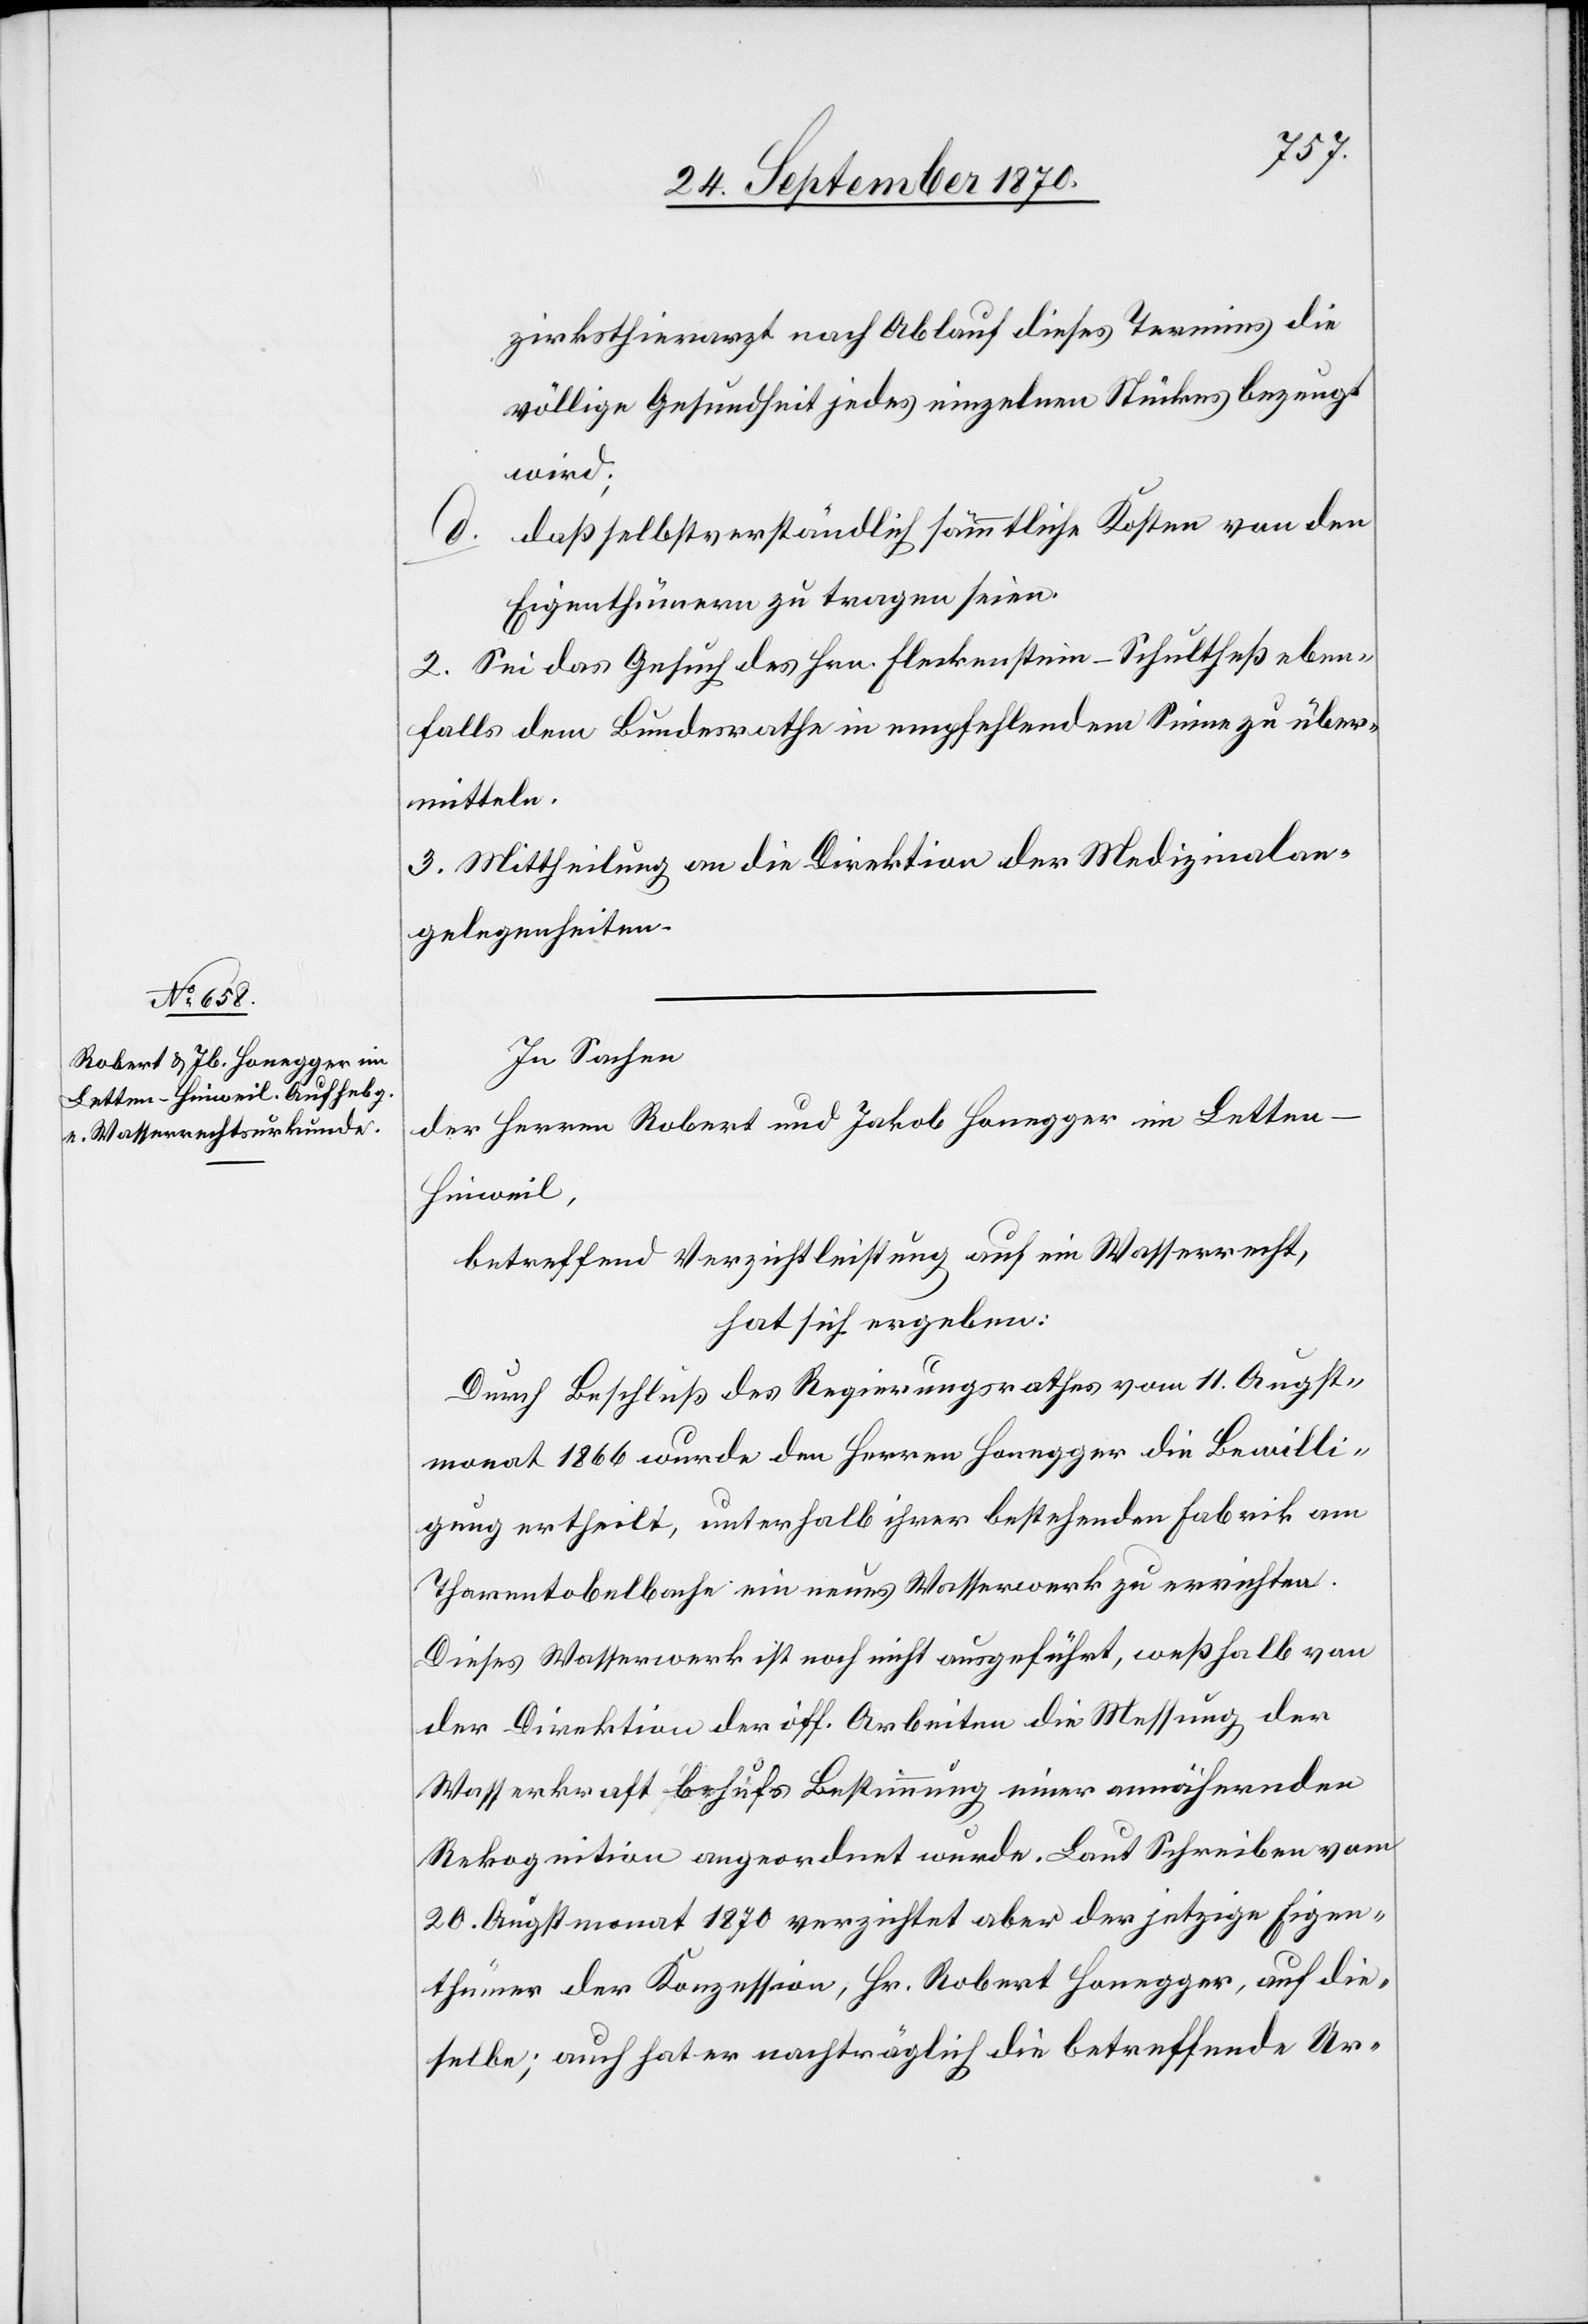
zirksthierarzt nach Ablauf dieses Termins die
völlige Gesundheit jedes einzelnen Stückes bezeugt
wird;
daß selbstverständlich sämmtliche Kosten von den
d.
Eigenthümern zu tragen seien.
2. Sei das Gesuch des Hrn. Fleckenstein-Schultheß eben¬
falls dem Bundesrathe in empfehlendem Sinne zu über¬
mitteln.
3. Mittheilung an die Direktion der Medizinalan¬
gelegenheiten.
In Sachen
der Herren Robert und Jakob Honegger im Letten
Hinweil,
betreffend Verzichtleistung auf ein Wasserrecht,
hat sich ergeben:
Durch Beschluß des Regierungsrathes vom 11. August¬
monat 1866 wurde den Herren Honegger die Bewilli¬
gung ertheilt, unterhalb ihrer bestehenden Fabrik am
Tharentobelbache ein neues Wasserwerk zu errichten.
Dieses Wasserwerk ist noch nicht ausgeführt, weßhalb von
der Direktion der öff. Arbeiten die Messung der
Wasserkraft behufs Bestimmung einer annähernden
Rekognition angeordnet wurde. Laut Schreiben vom
20. Augustmonat 1870 verzichtet aber der jetzige Eigen¬
thümer der Konzession, Hr. Robert Honegger, auf die¬
selbe; auch hat er nachträglich die betreffende Ur-